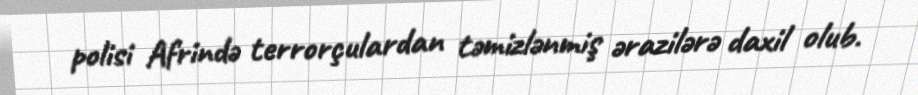
polisi Afrində terrorçulardan təmizlənmiş ərazilərə daxil olub.